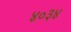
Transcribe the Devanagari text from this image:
४०३४